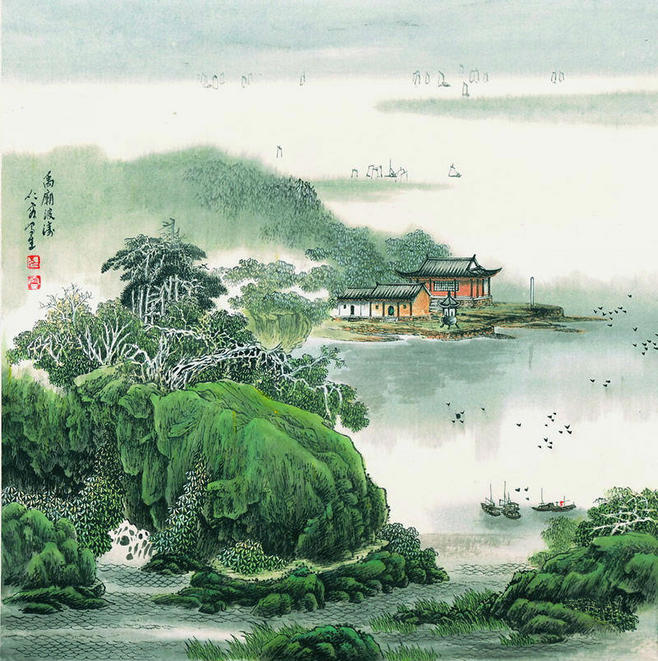
东风吹柳日初长，雨余芳草斜阳。